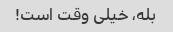
بله، خیلی وقت است!